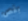
بقص